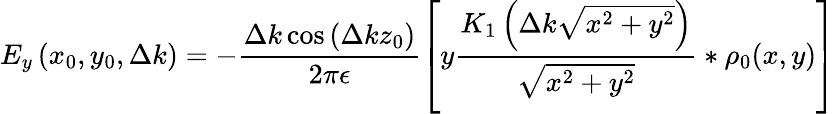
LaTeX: E_{y}\left(x_{0},y_{0},\Delta k\right)=-\frac{\Delta k\cos\left(\Delta kz_{0}\right)}{2\pi\epsilon}\left[y\frac{K_{1}\left(\Delta k\sqrt{x^{2}+y^{2}}\right)}{\sqrt{x^{2}+y^{2}}}*\rho_{0}(x,y)\right]